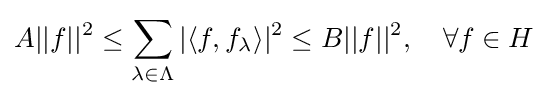
A||f||^{2}\leq \sum _{\lambda \in \Lambda }|\langle f,f_{\lambda }\rangle |^{2}\leq B||f||^{2},\quad \forall f\in H